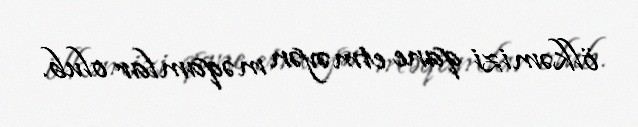
ölkəmizi qane etməyən məqamlar olub.